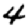
Digit: 4